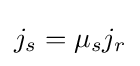
j_{s}={\mu }_{s}j_{r}